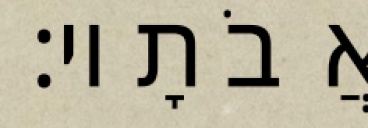
אֲבֹתָיו׃